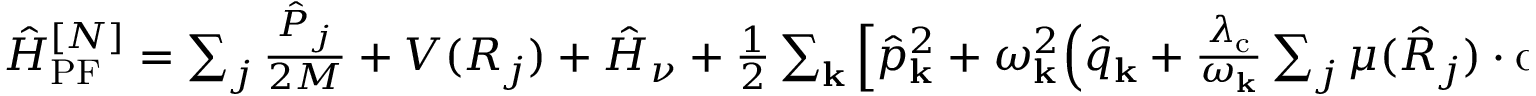
\begin{array} { r } { \hat { H } _ { \mathrm { P F } } ^ { [ N ] } = \sum _ { j } \frac { \hat { P } _ { j } } { 2 M } + V ( R _ { j } ) + \hat { H } _ { \nu } + \frac { 1 } { 2 } \sum _ { \mathbf { k } } \Big [ \hat { p } _ { \bf k } ^ { 2 } + \omega _ { \bf k } ^ { 2 } \Big ( \hat { q } _ { \bf k } + \frac { \lambda _ { \mathrm { c } } } { \omega _ { \bf k } } \sum _ { j } \mu ( \hat { R } _ { j } ) \cdot \cos \varphi _ { j } \Big ) ^ { 2 } \Big ] + \hat { H } _ { \mathrm { l o s s } } , } \end{array}